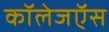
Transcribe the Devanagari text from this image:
कॉलेजऍस